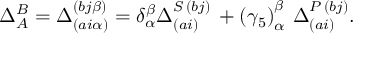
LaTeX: \Delta _ { A } ^ { B } = \Delta _ { \left( a i \alpha \right) } ^ { \left( b j \beta \right) } = \delta _ { \alpha } ^ { \beta } \Delta _ { \left( a i \right) } ^ { S \, \left( b j \right) } \, + \left( \gamma _ { 5 } \right) _ { \alpha } ^ { \beta } \, \Delta _ { \left( a i \right) } ^ { P \, \left( b j \right) } .